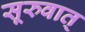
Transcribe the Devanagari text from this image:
सूरुवात्